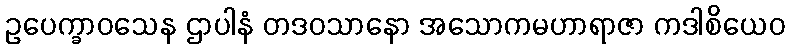
ဥပေက္ခာဝသေန ဌာပါနံ တဒဝသာနော အသောကမဟာရာဇာ ကဒါစိယေဝ